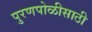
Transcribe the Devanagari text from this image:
पुरणपोळीसाठी